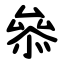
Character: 叅